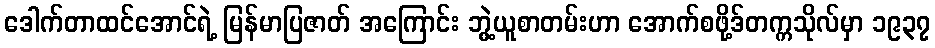
ဒေါက်တာထင်အောင်ရဲ့ မြန်မာပြဇာတ် အကြောင်း ဘွဲ့ယူစာတမ်းဟာ အောက်စဖို့ဒ်တက္ကသိုလ်မှာ ၁၉၃၇